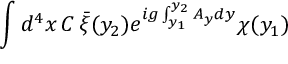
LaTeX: \int d ^ { 4 } x \, C \, \bar { \xi } ( y _ { 2 } ) e ^ { i g \int _ { y _ { 1 } } ^ { y _ { 2 } } A _ { y } d y } \chi ( y _ { 1 } )